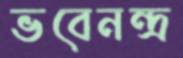
ভবেনন্দ্র